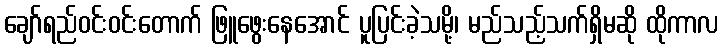
ချော်ရည်ဝင်းဝင်းတောက် ဖြူဖွေးနေအောင် ပူပြင်းခဲ့သမို့၊ မည်သည့်သက်ရှိမဆို ထိုကာလ